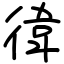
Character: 徫